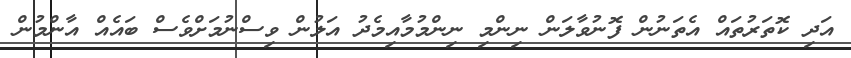
އަދި ކޮތަރުތައް އެތަނުން ފޮނުވާލަން ނިންމި ނިންމުމާއިމެދު އަލުން ވިސްނުމަށްވެސް ބައެއް އާންމުން